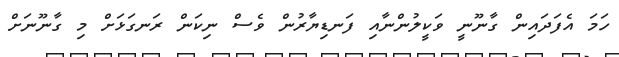
ހަމަ އެފަދައިން ގާނޫނީ ވަކީލުންނާއި ފަނޑިޔާރުން ވެސް ނިކަން ރަނގަޅަށް މި ގާނޫނަށް